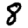
Digit: 8